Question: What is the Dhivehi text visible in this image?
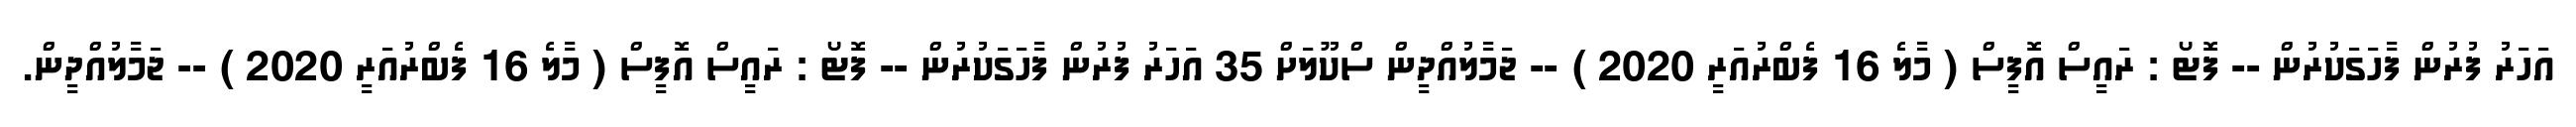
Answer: އަހަރު ފުރުން ފާހަގަކުރުން -- ފޮޓޯ : ރައީސް އޮފީސް ( މާލެ 16 ފެބްރުއަރީ 2020 ) -- ޖަމާލުއްދީން ސްކޫލަށް 35 އަހަރު ފުރުން ފާހަގަކުރުން -- ފޮޓޯ : ރައީސް އޮފީސް ( މާލެ 16 ފެބްރުއަރީ 2020 ) -- ޖަމާލުއްދީން.